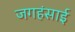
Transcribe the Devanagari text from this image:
जगहंसाई